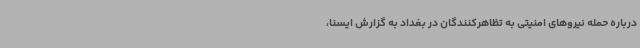
درباره حمله نیروهای امنیتی به تظاهرکنندگان در بغداد به گزارش ایسنا،